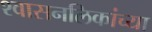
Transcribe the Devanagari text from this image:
श्‍वासनलिकांच्या